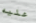
عليه